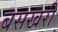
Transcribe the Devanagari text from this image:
बसखरी